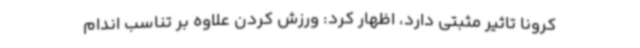
کرونا تاثیر مثبتی دارد، اظهار کرد: ورزش کردن علاوه بر تناسب اندام